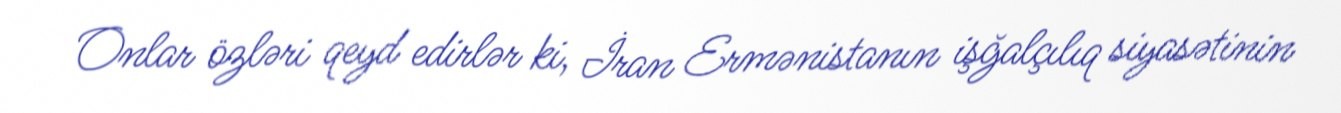
Onlar özləri qeyd edirlər ki, İran Ermənistanın işğalçılıq siyasətinin